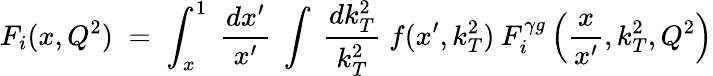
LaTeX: F_{i}(x,Q^{2})\; =\; \int_{x}^{1}\; \frac{dx^{\prime}}{x^{\prime}}\; \int\; \frac{dk_{T}^{2}}{k_{T}^{2}}\; f(x^{\prime},k_{T}^{2})\: F_{i}^{\gamma g}\left(\frac{x}{x^{\prime}},k_{T}^{2},Q^{2}\right)